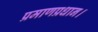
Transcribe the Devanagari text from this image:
प्रमाणप्रधान।